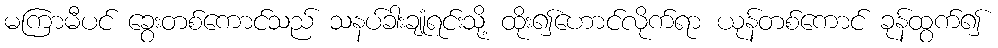
မကြာမီပင် ခွေးတစ်ကောင်သည် သနပ်ခါးချုံရင်းသို့ ထိုး၍ဟောင်လိုက်ရာ ယုန်တစ်ကောင် ခုန်ထွက်၍